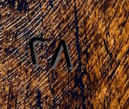
٢٨